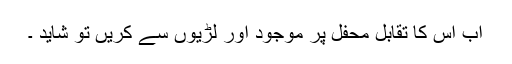
اب اس کا تقابل محفل پر موجود اور لڑیوں سے کریں تو شاید ۔